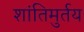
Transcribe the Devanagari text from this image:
शांतिमुर्तय